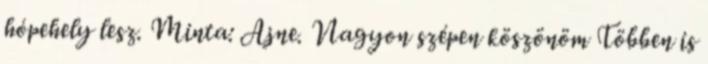
hópehely lesz. Minta: Ajne. Nagyon szépen köszönöm Többen is